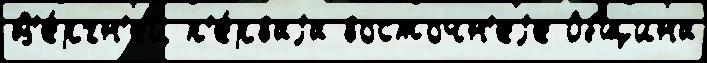
В'е́рхн'ей п'е́рваjа восточн'еjе Община